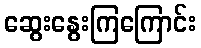
ဆွေးနွေးကြကြောင်း